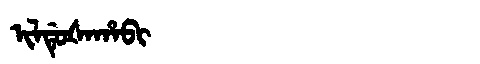
Manchu: ᡳᠯᡩᡠᡧᠠᡥᠠᠪᡳ
Romanization: ILDUŠAHABI